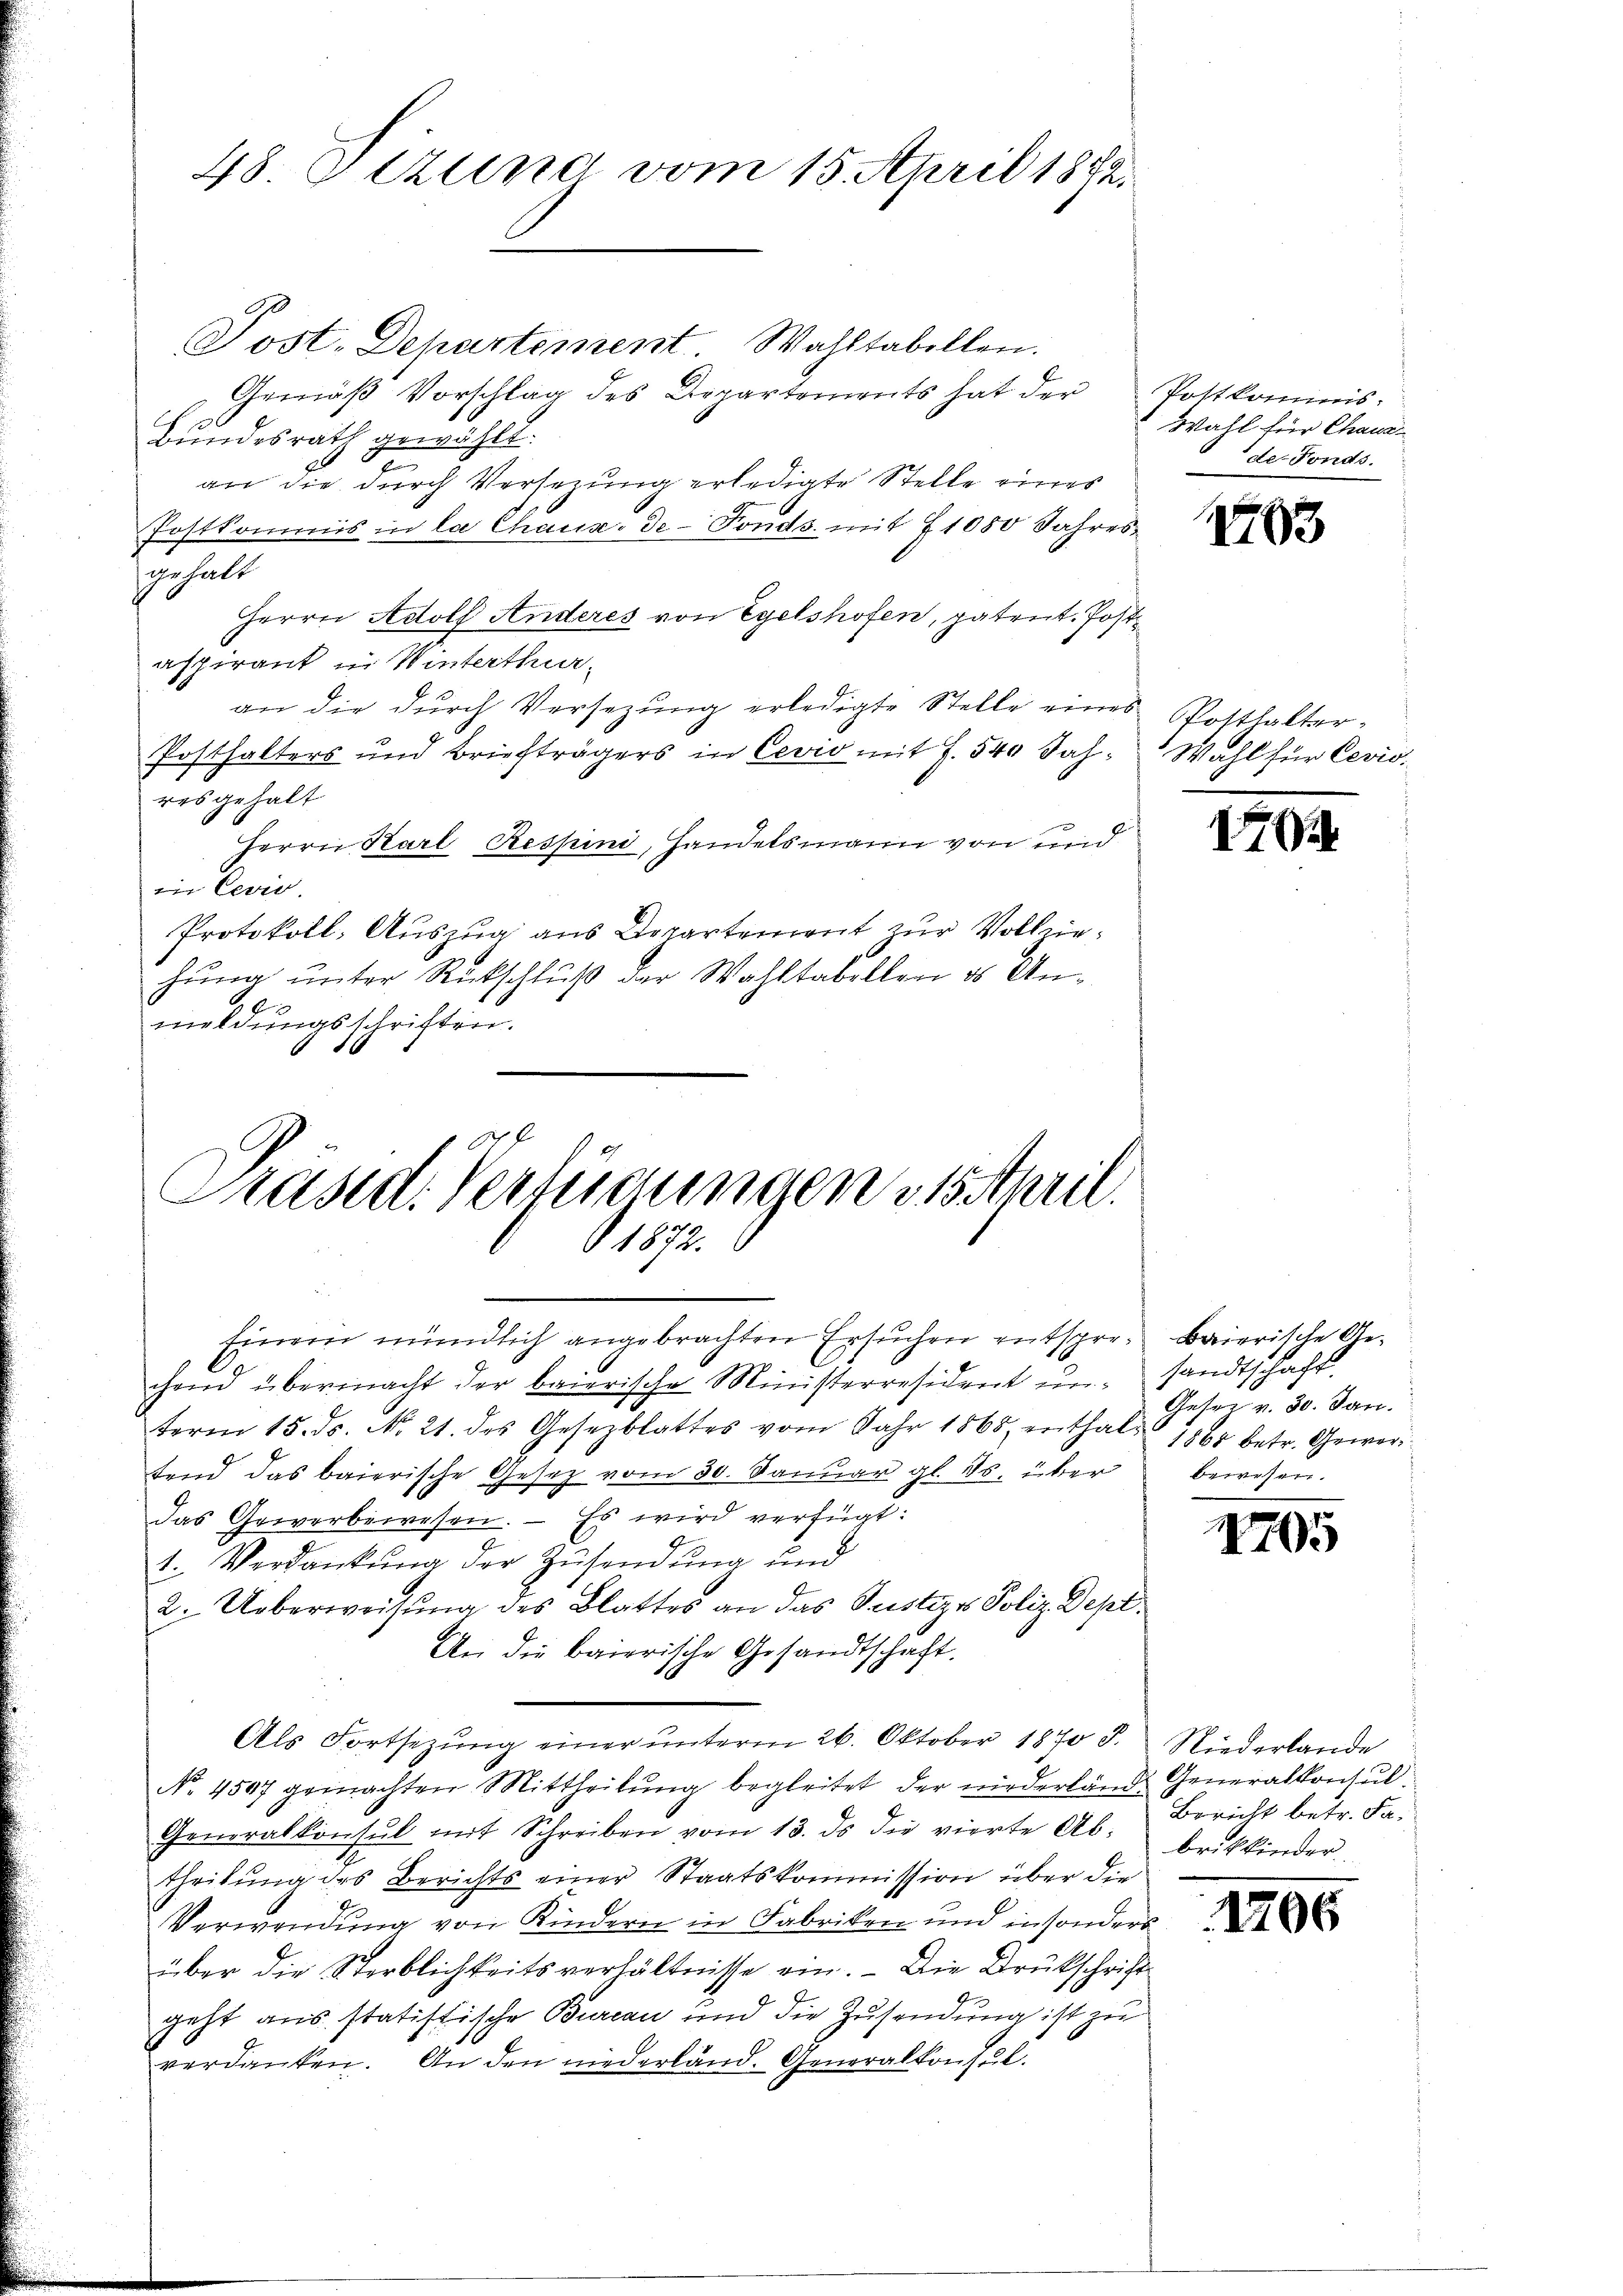
48. Stund vom 15. April 1882.

Post-Departement. Wahltabellen.
Gemäß Vorschlag des Departements hat der
Bundesrath gewählt.
an die durch Versezung erledigte Stelle eines
Postkommis in la Chaux-de-Fonds. mit 1080 Jahresgehalt
Herrn Adolf Anderes von Egelshofen, patent. Postaspirant in Winterthuran die durch Versezung erledigte Stelle eines Posthalter¬
Posthalters und Briefträgers in Cevio mit J. 540 Jahres gehalt
Herrn Karl Respini, Handelsmann von und
 Cevi
Protokoll, Auszug aus Departement zur Vollziehung unter Rückschluß der Wahltabellen es Anmeldungsschriften.

Präsid. Verfügungen es Anril.
1187.

Einem mündlich angebrachten Ersuchen entspro- Baierische Ge¬
C
chend übermacht der baierische Ministerresident un sandtschaft
term 15. ds. No. 21. des Gesezblattes vom Jahr 1865 enthalt 1862 betr. Gewer
tend das baierische Gesetz vom 30. Januar gl. ds. über
das Gewerbewesen. - Es wird verfügt:
1. Verdankŭng der Zŭsendŭng und
2. Ueberweisung des Blattes an das Justizes Poliz. Dept¬
An die baierische Gesandtschaft.
Als Fortsezung einer unterm 26. Oktober 1870 d.
No. 4507 gemachten Mittheilŭng begleitet der niederlände Generalkonsul-
Generalkonsul mit Schreiben vom 13. ds die vierte Ab-
theilung des Berichts einer Staatskommission über die
Verwendung von Kindern in Fabriken und in sonders
über die Sterblichkeitsverhältnisse ein. - Die Brückschrift
geht aus statistische Bureau und die Zusendung ist zu
verdanken. An den niederland. Generalkonsul-

Postkommis-
Wahl für Chaus
der Fonds.

163

Wahl für Levis

1404.

Geser v. 30. Jan.
bewesen.

1795

Niederlande
Bericht betr. Fabrikkinder

1206